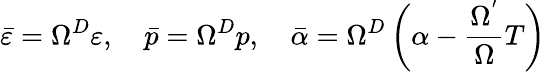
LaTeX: \bar{\varepsilon}=\Omega^{D}\varepsilon,\quad\bar{p}=\Omega^{D}p,\quad\bar{\alpha}=\Omega^{D}\left(\alpha-\frac{\Omega^{^{\prime}}}\Omega T\right)